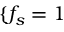
\{ f _ { s } = 1